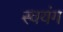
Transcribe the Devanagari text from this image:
स्वयंग